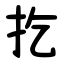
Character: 扢